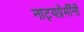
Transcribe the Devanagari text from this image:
नाट्यप्रेमींनी